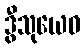
ဒွီသုယေဝ